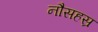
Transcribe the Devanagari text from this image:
नौसहस्र